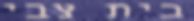
בית צבי